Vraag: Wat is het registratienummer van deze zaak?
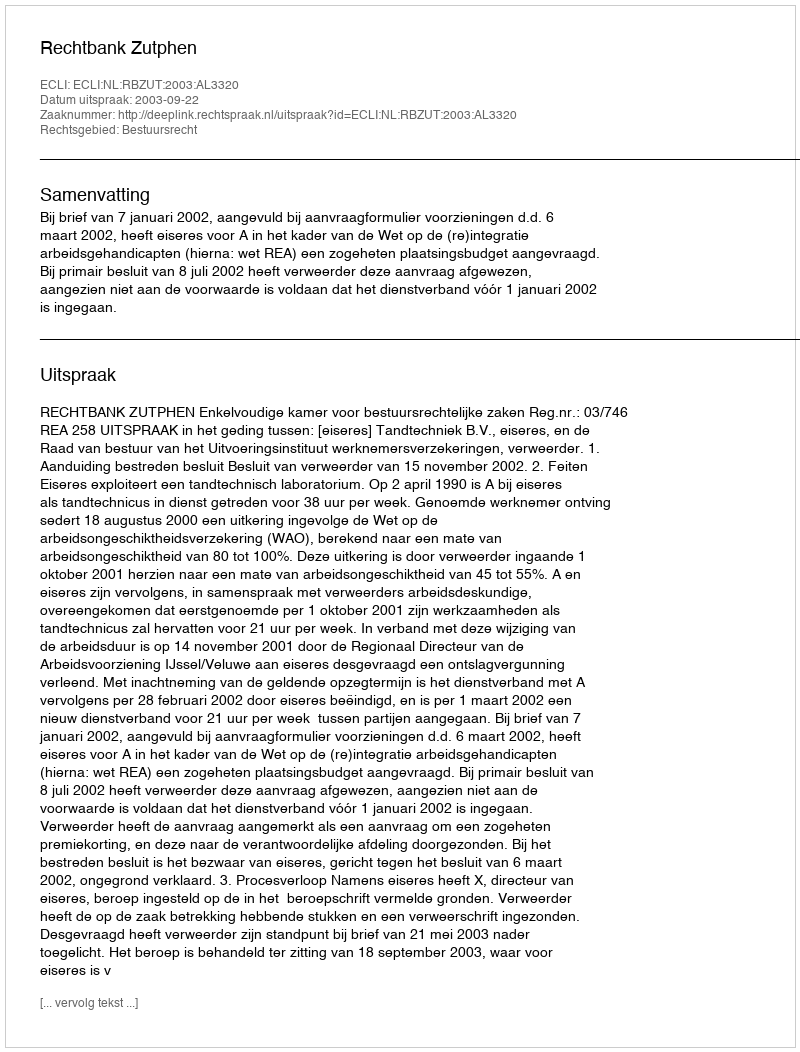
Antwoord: http://deeplink.rechtspraak.nl/uitspraak?id=ECLI:NL:RBZUT:2003:AL3320